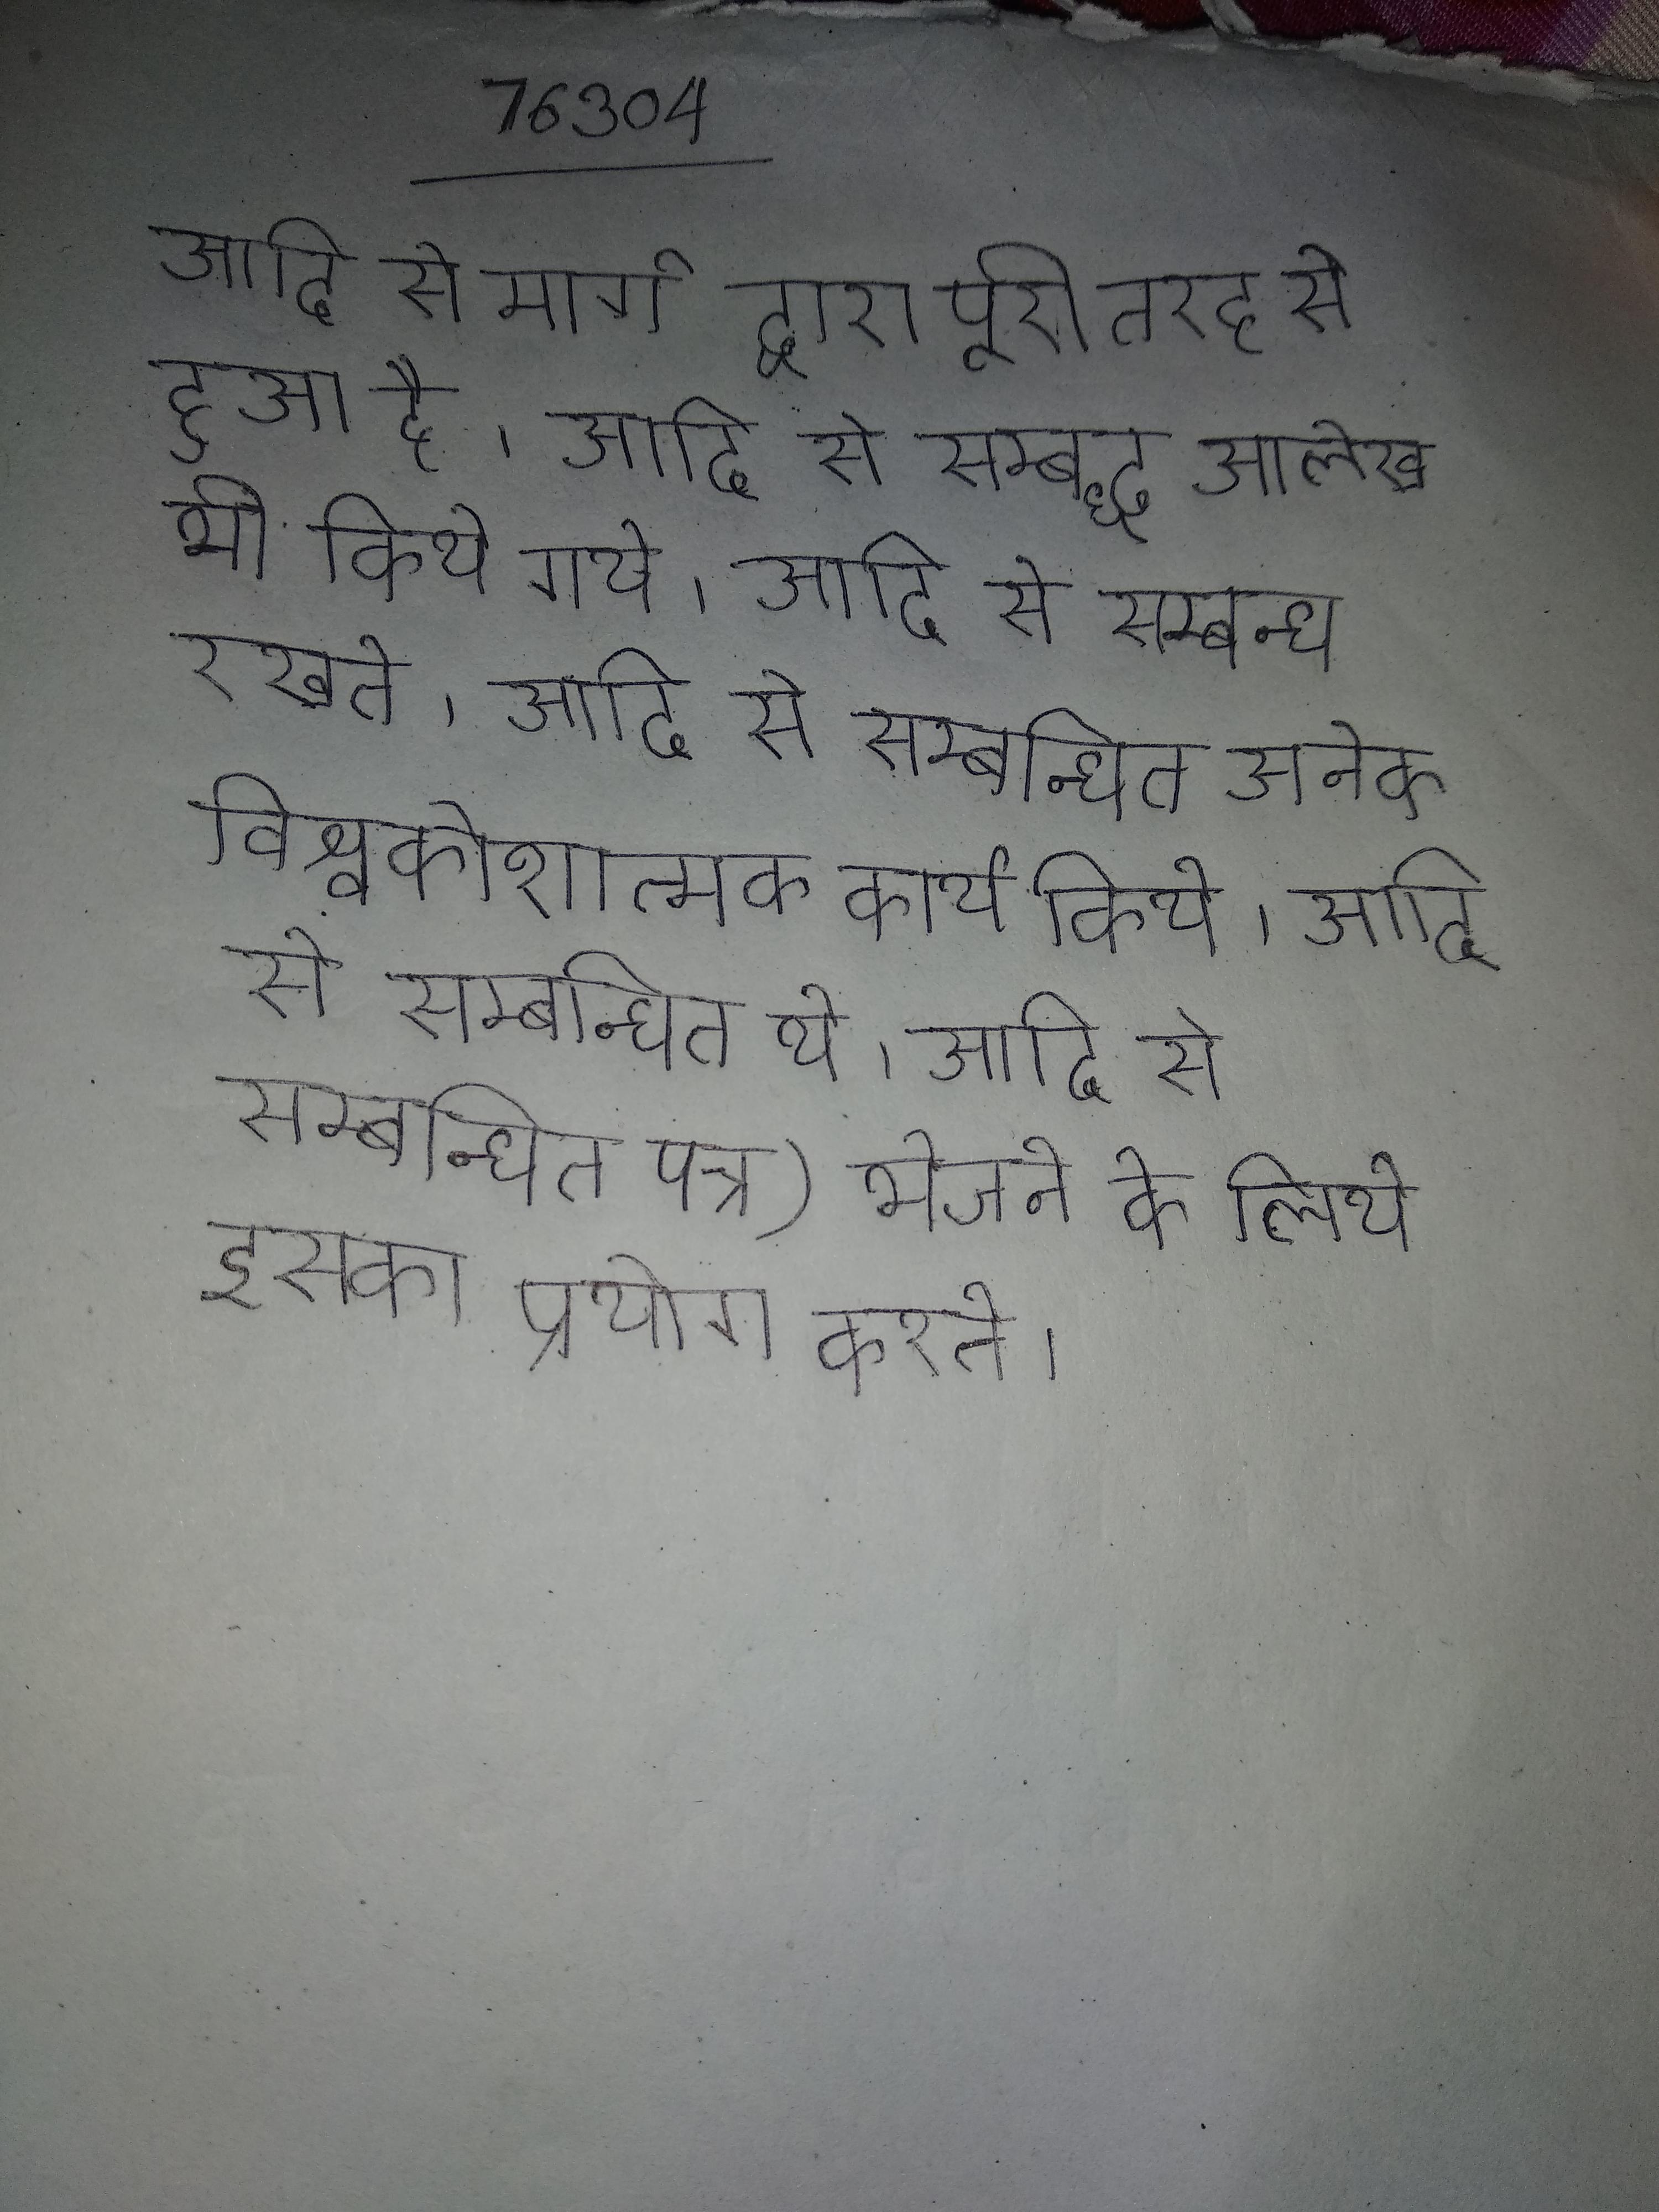
आदि से मार्ग द्वारा पूरी तरह से हुआ है । आदि से सम्बद्ध आलेख भी किये गये । आदि से सम्बन्ध रखते । आदि से सम्बन्धित अनेक विश्वकोशात्मक कार्य किये । आदि से सम्बन्धित थे । आदि से सम्बन्धित पत्र) भेजने के लिये इसका प्रयोग करते ।